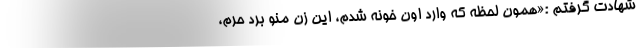
شهادت گرفتم :«همون لحظه که وارد اون خونه شدم، این زن منو برد حرم،